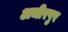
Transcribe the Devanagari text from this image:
अमीरपुर